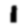
Digit: 1